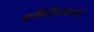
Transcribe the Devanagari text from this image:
व्यक्तिचित्रणाकडे